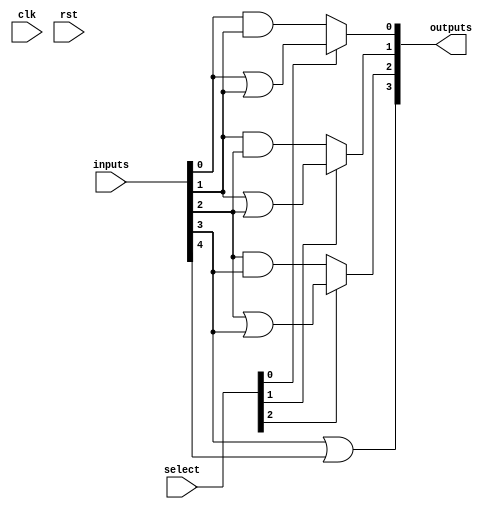
module CLB (
    input wire [N-1:0] inputs,        // Input lines (N inputs)
    input wire [M-1:0] select,        // Selector inputs for multiplexers
    output wire [P-1:0] outputs,       // Output lines (P outputs)
    input wire clk,                   // Clock signal (optional for control logic)
    input wire rst                    // Reset signal for configuration (optional)
);

parameter N = 8;                      // Number of input lines
parameter M = 3;                      // Number of multiplexer select lines
parameter P = 4;                      // Number of output lines

// Internal signals for logic gates
wire [N-1:0] and_out;                // AND gate outputs
wire [N-1:0] or_out;                 // OR gate outputs
wire [N-1:0] not_out;                // NOT gate outputs
wire [N*M-1:0] mux_out;              // MUX outputs

// Example logic gate configurations
// Implementing AND gates
generate
    genvar i;
    for (i = 0; i < N; i = i + 1) begin : and_gates
        assign and_out[i] = inputs[i] & inputs[(i+1) % N]; // Example combining adjacent inputs.
    end
endgenerate

// Implementing OR gates
generate
    for (i = 0; i < N; i = i + 1) begin : or_gates
        assign or_out[i] = inputs[i] | inputs[(i+1) % N]; // Example combining adjacent inputs.
    end
endgenerate

// Implementing NOT gates
generate
    for (i = 0; i < N; i = i + 1) begin : not_gates
        assign not_out[i] = ~inputs[i]; // Inversion of inputs.
    end
endgenerate

// Multiplexer logic to select different outputs based on select lines
generate
    for (i = 0; i < P; i = i + 1) begin : multiplexers
        assign mux_out[i] = (select[i] == 1'b0) ? and_out[i] : or_out[i]; // MUX selecting between AND and OR outputs.
    end
endgenerate

// Assign final outputs from multiplexers
generate
    for (i = 0; i < P; i = i + 1) begin : final_outputs
        assign outputs[i] = mux_out[i]; // Final outputs from MUX
    end
endgenerate

endmodule